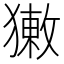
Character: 𤡳